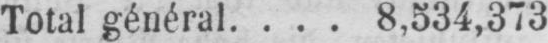
Total général .... 8,534,373